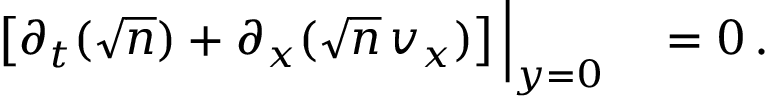
\begin{array} { r l } { \left[ \partial _ { t } ( \sqrt { n } ) + \partial _ { x } ( \sqrt { n } \, v _ { x } ) \right] \Big | _ { y = 0 } } & { { } = 0 \, . } \end{array}